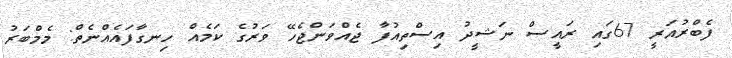
ފެބްރުއަރީ 67ގައި ރައީސް ނަޝީދު އިސްތިއުފާ ޖެއްވަންޖެހޭ ވަރުގެ ކަމެއް ހިނގާފައެއްނެތް: މެމްބަރު